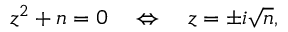
z ^ { 2 } + n = 0 \quad \Leftrightarrow \quad z = \pm i { \sqrt { n } } ,